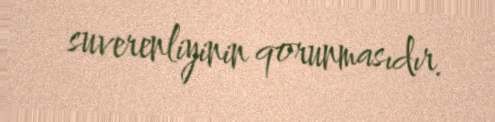
suverenliyinin qorunmasıdır.